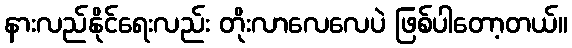
နားလည်နိုင်ရေးလည်း တိုးလာလေလေပဲ ဖြစ်ပါတော့တယ်။